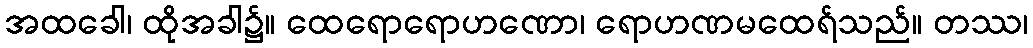
အထခေါ၊ ထိုအခါ၌။ ထေရောရောဟဏော၊ ရောဟဏမထေရ်သည်။ တဿ၊